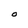
Character: O